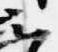
云